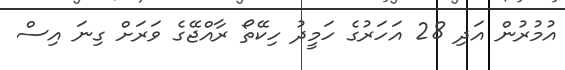
އުމުރުން އަދި 28 އަހަރުގެ ހަމީދު ހިކޭތޯ ރާއްޖޭގެ ވަރަށް ގިނަ އިސް